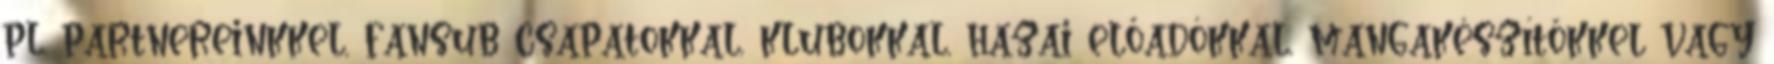
pl. partnereinkkel, fansub csapatokkal, klubokkal, hazai előadókkal, mangakészítőkkel vagy